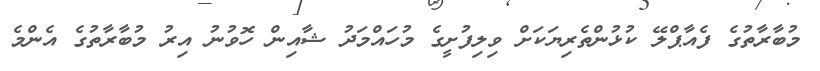
މުބާރާތުގެ ފެއާޕްލޭ ކުޅުންތެރިޔަކަށް ވިލިފުށީގެ މުހައްމަދު ޝާއިން ހޮވުނު އިރު މުބާރާތުގެ އެންމެ